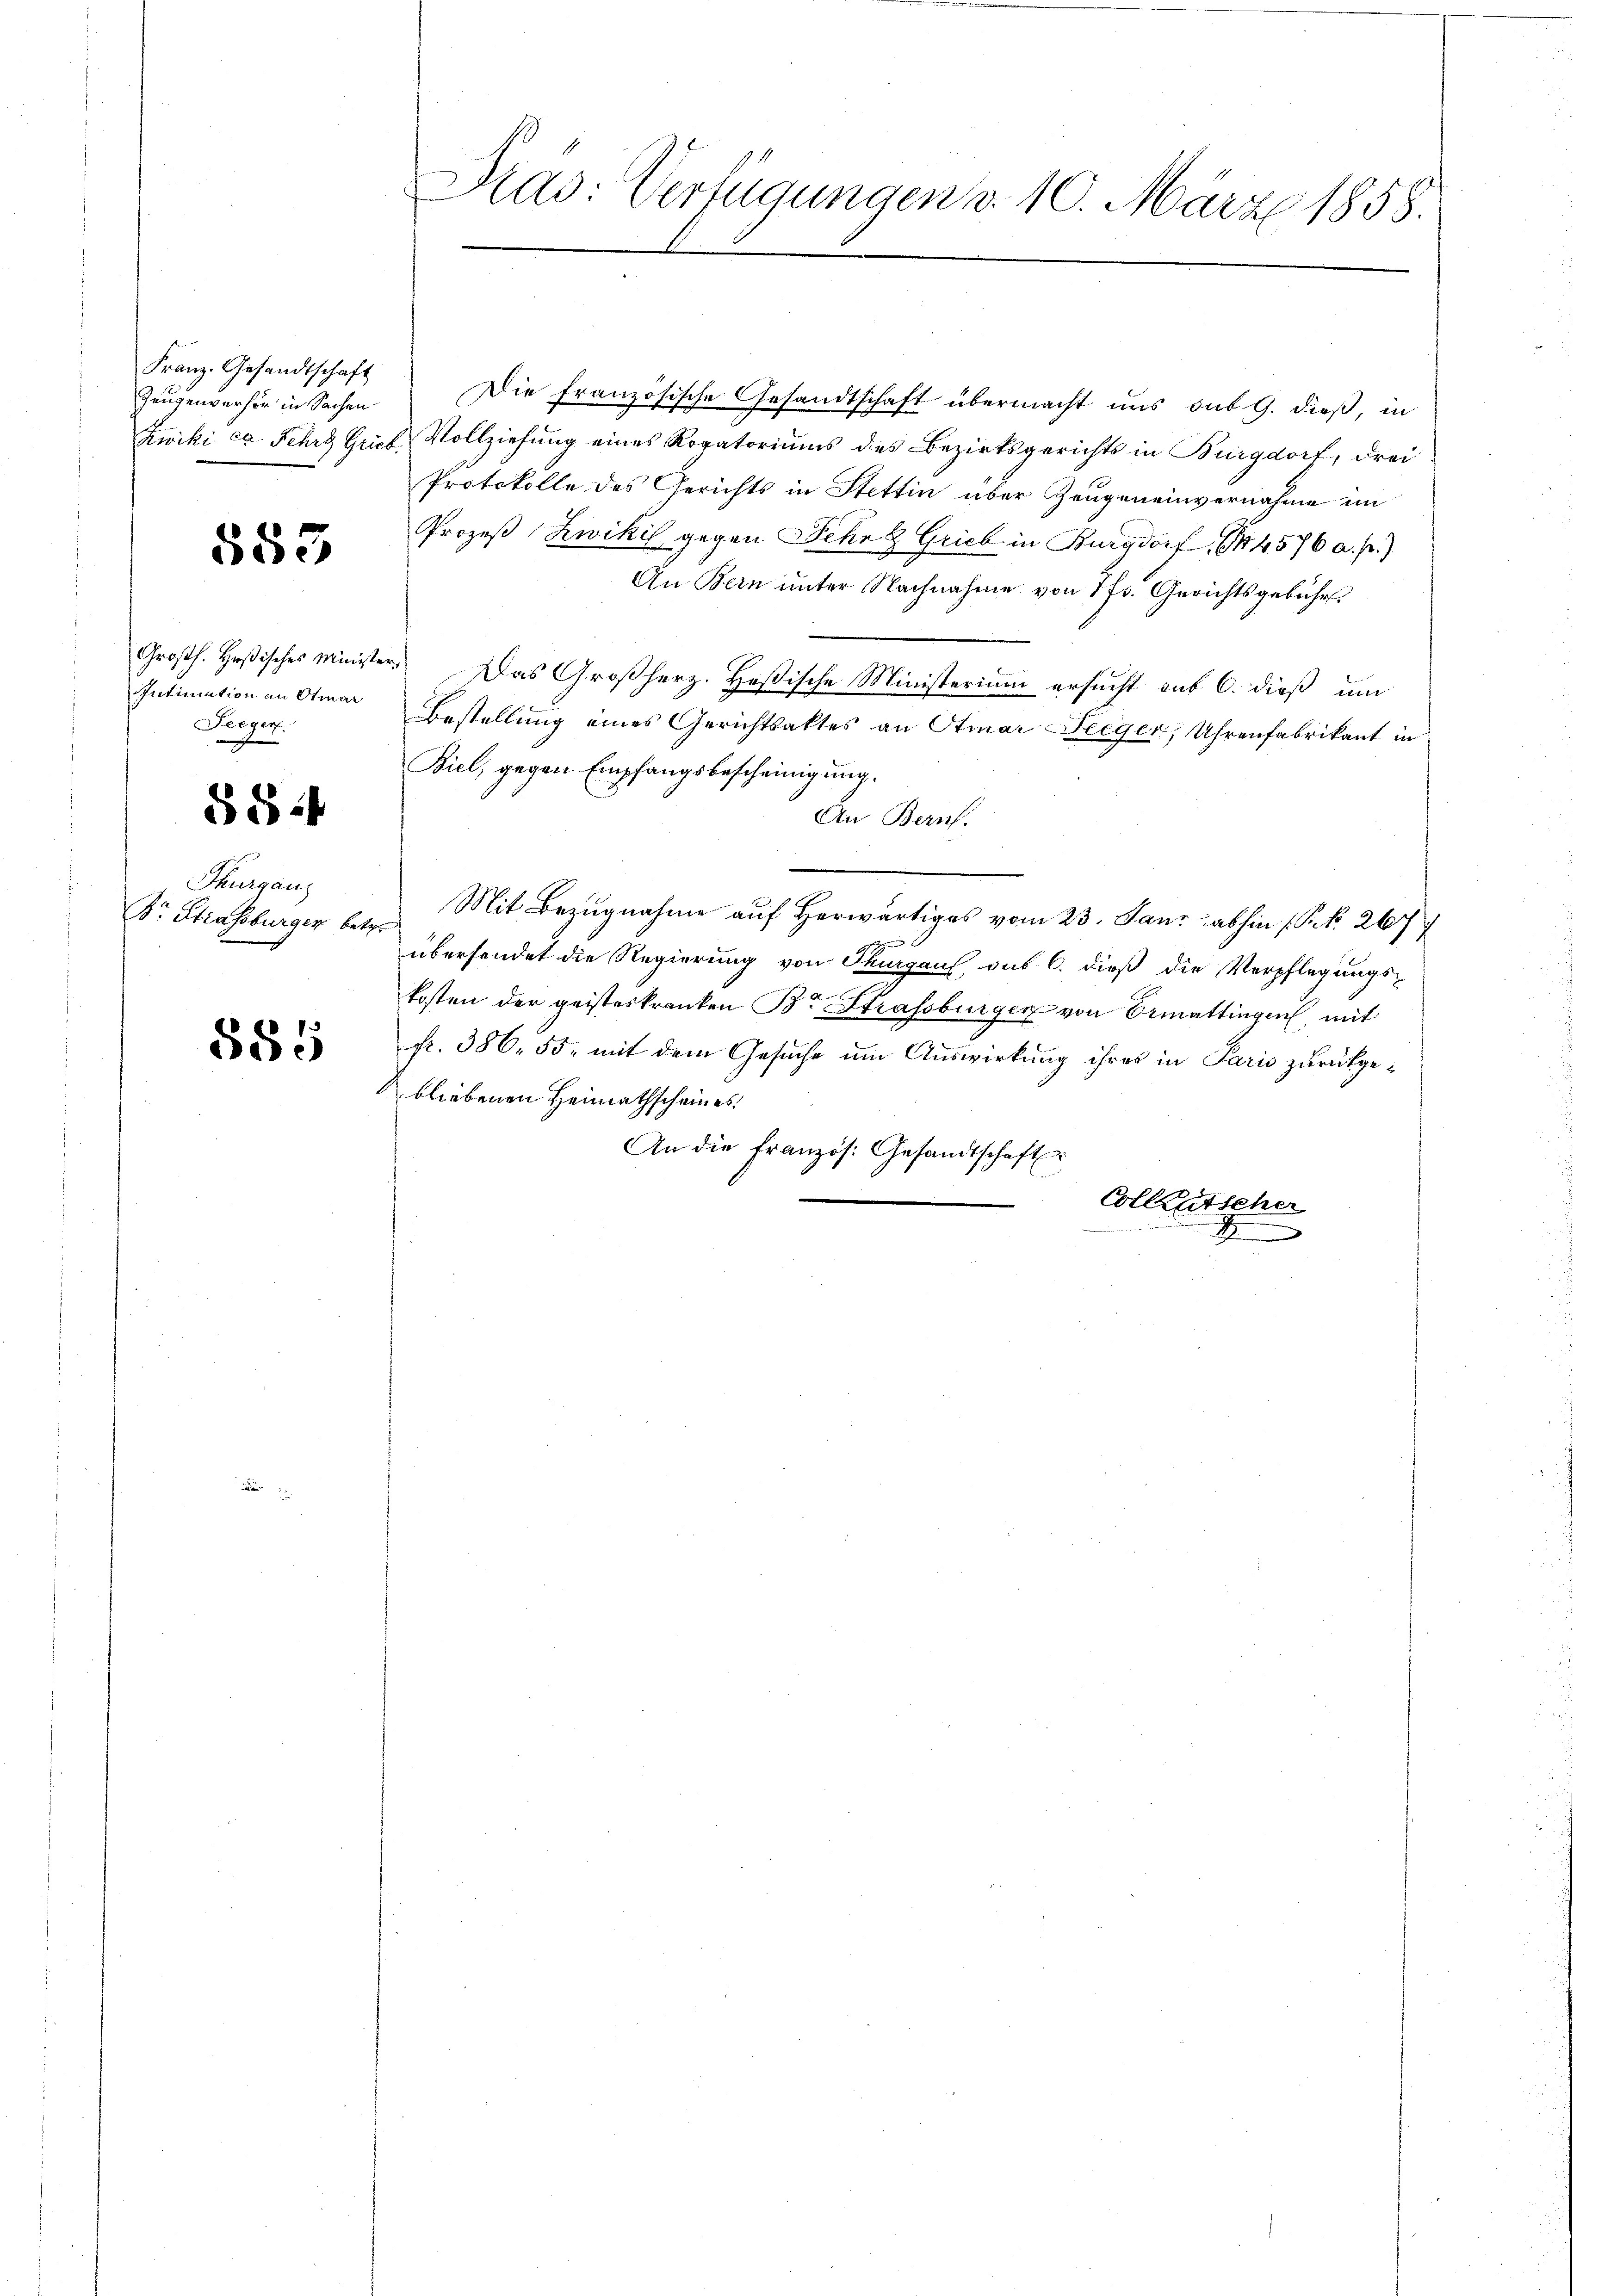
Franz. Gesandtschaft
Zeugenverhör in Sachen

583.

Intimation an Otmar
Seegen
g

SS 1

Thurgau
Dr. Strassburger betr.

§85

Prad: Verfügungen d. 10. März 1858.

Die französische Gesandtschaft übermacht uns sub 9. dieß, in
Zwiki ca. Fehrs Grub Vollziehung eines Rogatoriums des Bezirksgerichts in Burgdorf, drei
Protokolle des Gerichts in Stettin über Zeugeneinvernahme im
Prozeß Zwikil gegen Sehr & Grieb in Burgdorf 14576 a. p.)
An Bern unter Nachnahme von 7 fr. Gerichtsgebühr.
Großh. Heßisches Minister. Das Großherz. Heßische Ministerium ersucht aus 6. dieß um
Bestellung eines Gerichtsaktes an Stinar Seeger, Uhrenfabrikant in
Biel, gegen Empfangsbescheinigung.
An Bern.
Mit Bezugnahme auf herwärtiges vom 23. Janz abhin (S. 267

übersendet die Regierung von Thurgau, aus 6. dieß die Verpflegungs-
kosten der geisteskranken Dr Strassburger von Ermattingen, mit
fr. 386. 55, mit dem Gesuche um Auswirkung ihres in Paris zurückgebliebenen Heimathscheines
An die Französ. Gesandtschaft
Collentscher
.